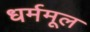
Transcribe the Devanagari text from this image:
धर्ममूल